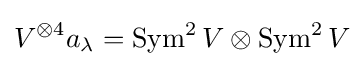
V^{\otimes 4}a_{\lambda }=\operatorname {Sym} ^{2}V\otimes \operatorname {Sym} ^{2}V